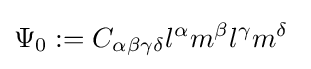
\Psi _{0}:=C_{\alpha \beta \gamma \delta }l^{\alpha }m^{\beta }l^{\gamma }m^{\delta }\